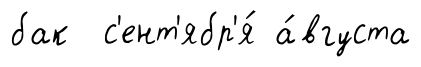
бак с'ент'ябр'я́ а́вгуста